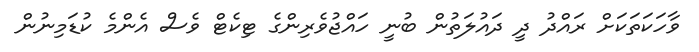
ވާހަކަތަކަށް ރައްދު ދީ ދައުލަތުން ބުނީ ހައްޖުވެރިންގެ ޓިކެޓް ވެސް އެންމެ ކުޑަމިނުން